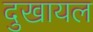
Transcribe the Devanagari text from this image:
दुखायल